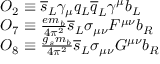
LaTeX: \begin{array} { l } { { O _ { 2 } \equiv \overline { { { s } } } _ { L } \gamma _ { \mu } q _ { L } \overline { { { q } } } _ { L } \gamma ^ { \mu } b _ { L } \, \nonumber } } \\ { { O _ { 7 } \equiv { \frac { e m _ { b } } { 4 \pi ^ { 2 } } } \overline { { { s } } } _ { L } \sigma _ { \mu \nu } F ^ { \mu \nu } b _ { R } \, \nonumber } } \\ { { O _ { 8 } \equiv { \frac { g _ { s } m _ { b } } { 4 \pi ^ { 2 } } } \overline { { { s } } } _ { L } \sigma _ { \mu \nu } G ^ { \mu \nu } b _ { R } } } \end{array}